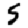
Digit: 5